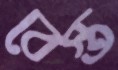
বেস্ত